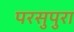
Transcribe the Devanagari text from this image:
परसुपुरा